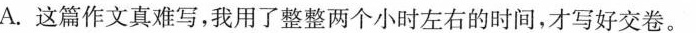
A.这篇作文真难写，我用了整整两个小时左右的时间，才写好交卷。